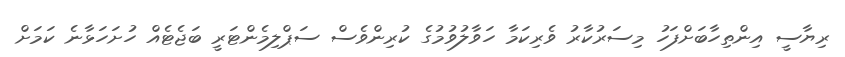
ރިޔާސީ އިންތިހާބަށްފަހު މިސަރުކާރު ވެރިކަމާ ހަވާލުވުމުގެ ކުރިންވެސް ސަޕްލިމެންޓަރީ ބަޖެޓެއް ހުށަހަޅާނެ ކަމަށް